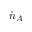
{ \dot { n } } _ { A }